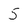
Character: 5